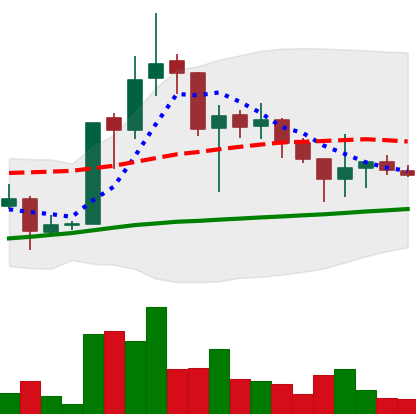
Ticker: LTC-USD
Chart end date: 2017-10-27
Forward return: -3.888%
Label: down_3_5